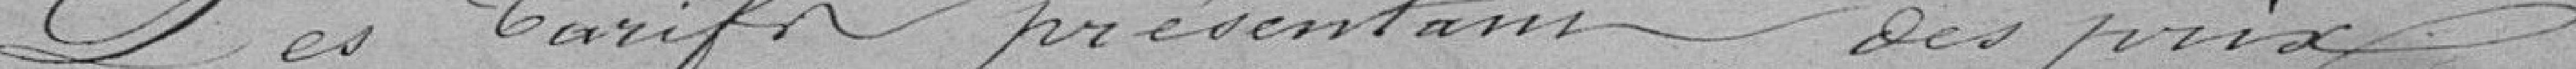
Les tarifs présentant des prix